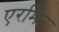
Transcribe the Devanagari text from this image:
एरमिन